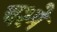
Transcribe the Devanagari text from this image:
चश्‍मे